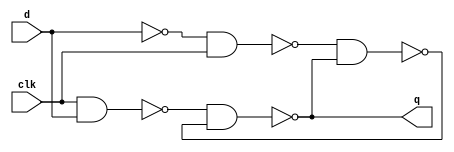
/*
Implement the D-latch using 4 NAND gates, following the same truth table as before, not the one shown from the text:
// clk  d  	: q
	0	X	: X;
	1	0	: 0;
	1 	1	: 1;
*/
`default_nettype none
module dlatch(q, clk, d);
    input wire clk, d;
    output wire q;

	wire dn, qn, de, dne, w1;

	not nt1(dn, d);
	//not nt2(qn, q);
	nand nd1(de, clk, d);
	nand nd2(dne, dn, clk);
	nand nd4(qn, dne, q);
	nand nd3(w1, de, qn);

	assign q = w1;
	

endmodule